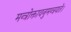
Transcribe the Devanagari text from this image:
मन्त्रोक्तावनुमन्त्रयते।